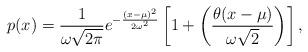
LaTeX: \begin{align*}p(x) = \frac{1}{\omega \sqrt{2 \pi}} e^{-\frac{(x-\mu)^2}{2 \omega^2}}\left[1 + \left(\frac{\theta (x - \mu)}{\omega \sqrt{2}}\right)\right],\end{align*}